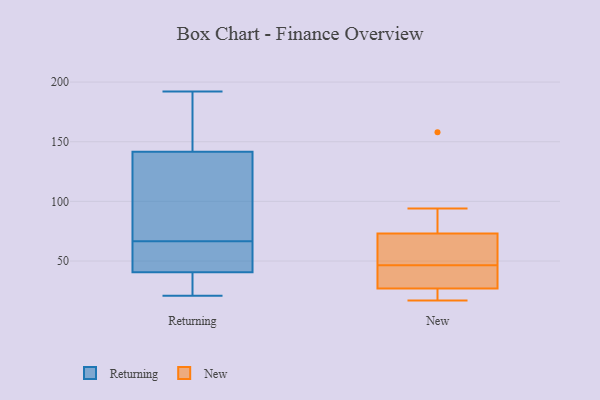
{"axis": {"x": "Operating Costs (USD K)", "y": "Value"}, "legend": ["New", "Returning"], "data": [{"x": "", "y": 39, "type": "Returning"}, {"x": "", "y": 182, "type": "Returning"}, {"x": "", "y": 149, "type": "Returning"}, {"x": "", "y": 49, "type": "Returning"}, {"x": "", "y": 112, "type": "Returning"}, {"x": "", "y": 21, "type": "Returning"}, {"x": "", "y": 69, "type": "Returning"}, {"x": "", "y": 150, "type": "Returning"}, {"x": "", "y": 26, "type": "Returning"}, {"x": "", "y": 131, "type": "Returning"}, {"x": "", "y": 64, "type": "Returning"}, {"x": "", "y": 30, "type": "Returning"}, {"x": "", "y": 42, "type": "Returning"}, {"x": "", "y": 134, "type": "Returning"}, {"x": "", "y": 64, "type": "Returning"}, {"x": "", "y": 192, "type": "Returning"}, {"x": "", "y": 27, "type": "New"}, {"x": "", "y": 158, "type": "New"}, {"x": "", "y": 94, "type": "New"}, {"x": "", "y": 73, "type": "New"}, {"x": "", "y": 46, "type": "New"}, {"x": "", "y": 47, "type": "New"}, {"x": "", "y": 23, "type": "New"}, {"x": "", "y": 17, "type": "New"}, {"x": "", "y": 62, "type": "New"}, {"x": "", "y": 32, "type": "New"}]}